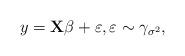
LaTeX: \begin{align*}y = \mathbf{X} \beta + \varepsilon, \varepsilon \sim \gamma_{\sigma^2},\end{align*}